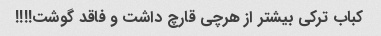
کباب ترکی بیشتر از هرچی قارچ داشت و فاقد گوشت!!!!